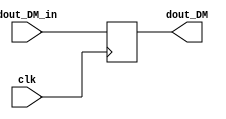
module DR(clk,dout_DM_in,dout_DM);
    input clk;
    input [31:0]dout_DM_in;
    output [31:0]dout_DM;
    reg [31:0] dout_DM;
    
    always@(posedge clk)
        dout_DM = dout_DM_in;

endmodule